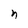
Character: n